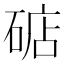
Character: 𱴗